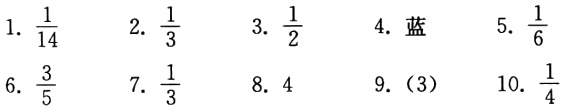
1. $\frac{1}{14}$  2. $\frac{1}{3}$  3. $\frac{1}{2}$  4. 蓝  5. $\frac{1}{6}$
6. $\frac{3}{5}$  7. $\frac{1}{3}$  8. 4  9.（3） 10. $\frac{1}{4}$